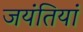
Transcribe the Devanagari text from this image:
जयंतियां